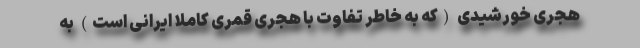
هجری خورشیدی (که به خاطر تفاوت با هجری قمری کاملا ایرانی است) به